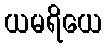
ယမရိယေ